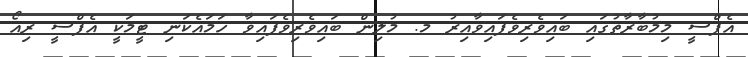
އެފްސީ މިމުބާރާތުގައި ބައިވެރިވެފައިވާއިރު މ. މުލިން ބައިވެރިވެފައިވާ ހަމައެކަނި ޓީމަކީ އެފްސީ ރިއޯ